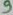
Text: 9